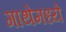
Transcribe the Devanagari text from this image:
गाथेमध्ये